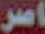
اصر